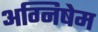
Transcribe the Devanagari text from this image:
अग्निषेम